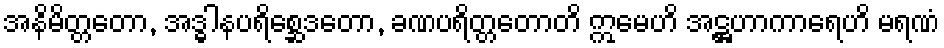
အနိမိတ္တတော, အဒ္ဓါနပရိစ္ဆေဒတော, ခဏပရိတ္တတောတိ ဣမေဟိ အဋ္ဌဟာကာရေဟိ မရဏံ